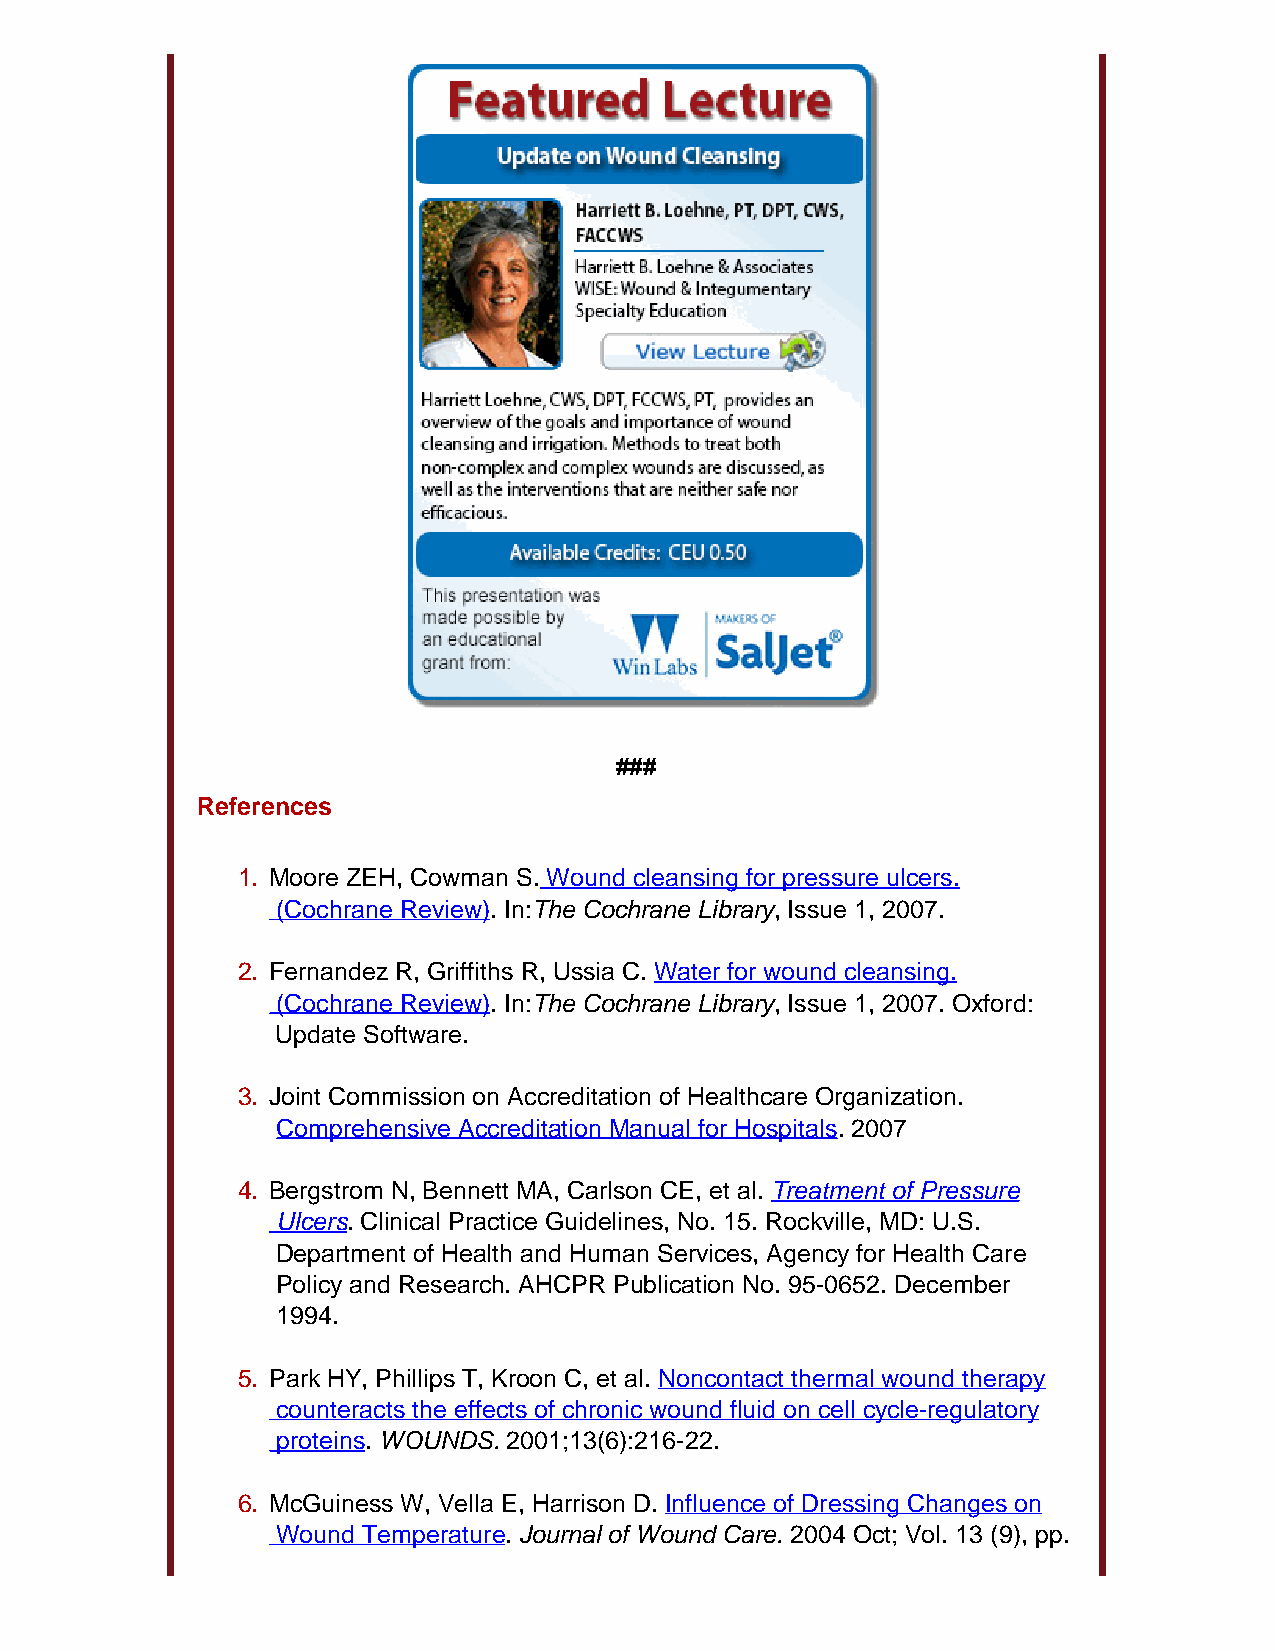
###
 References
 1. Moore ZEH, Cowman S. Wound cleansing for pressure ulcers.
 (Cochrane Review). In:The Cochrane Library, Issue 1, 2007.
 2. Fernandez R, Griffiths R, Ussia C. Water for wound cleansing.
 (Cochrane Review). In:The Cochrane Library, Issue 1, 2007. Oxford:
 Update Software.
 3. Joint Commission on Accreditation of Healthcare Organization.
 Comprehensive Accreditation Manual for Hospitals. 2007
 4. Bergstrom N, Bennett MA, Carlson CE, et al. Treatment of Pressure
 Ulcers. Clinical Practice Guidelines, No. 15. Rockville, MD: U.S.
 Department of Health and Human Services, Agency for Health Care
 Policy and Research. AHCPR Publication No. 95-0652. December
 1994.
 5. Park HY, Phillips T, Kroon C, et al. Noncontact thermal wound therapy
 counteracts the effects of chronic wound fluid on cell cycle-regulatory
 proteins. WOUNDS. 2001;13(6):216-22.
 6. McGuiness W, Vella E, Harrison D. Influence of Dressing Changes on
 Wound Temperature. Journal of Wound Care. 2004 Oct; Vol. 13 (9), pp.